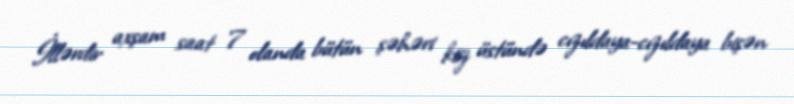
İllərdir axşam saat 7 olanda bütün şəhəri köz üstündə cızıldaya-cızıldaya bişən